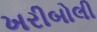
ખરીબોલી